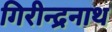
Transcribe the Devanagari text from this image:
गिरीन्द्रनाथ